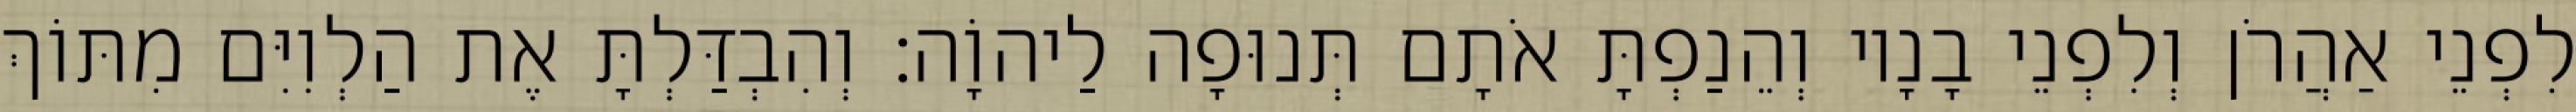
לִפְנֵי אַהֲרֹן וְלִפְנֵי בָנָיו וְהֵנַפְתָּ אֹתָם תְּנוּפָה לַיהוָֹה׃ וְהִבְדַּלְתָּ אֶת הַלְוִיִּם מִתּוֹךְ